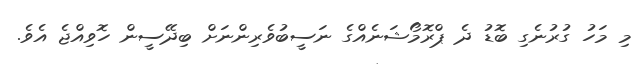
މި މަހު ގުރުނެގި ބޮޑު ދެ ޕްރޮމޯޝަނެއްގެ ނަސީބުވެރިންނަށް ބިދޭސީން ހޮވިއްޖެ އެވެ.